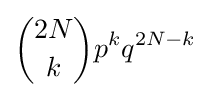
{2N \choose k}p^{k}q^{2N-k}